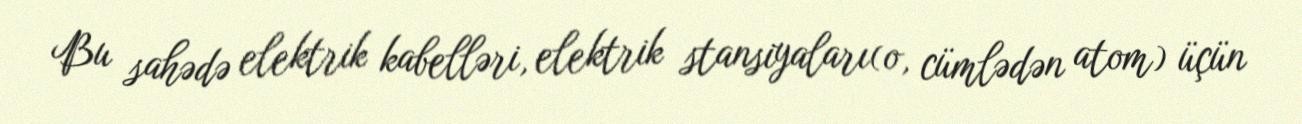
Bu sahədə elektrik kabelləri, elektrik stansiyaları(o, cümlədən atom) üçün